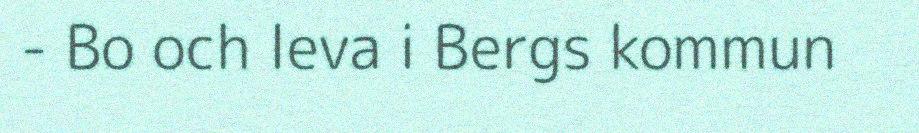
- Bo och leva i Bergs kommun